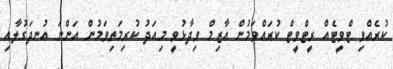
ކުރެއްވި ޓްވީޓެއް ރީޓްވީޓް ކުރައްވަމުން އާޒިމް ވިދާޅުވީ މިއަދު ކުރިމަތިވަމުން އަންނަ އުނދަގުލާއި